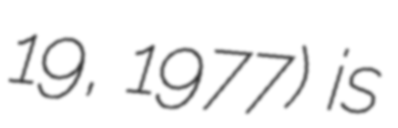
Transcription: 19, 1977) is